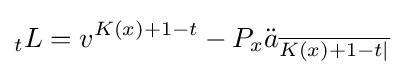
{}_{t}L=v^{K(x)+1-t}-P_{x}{\ddot {a}}_{\overline {K(x)+1-t|}}